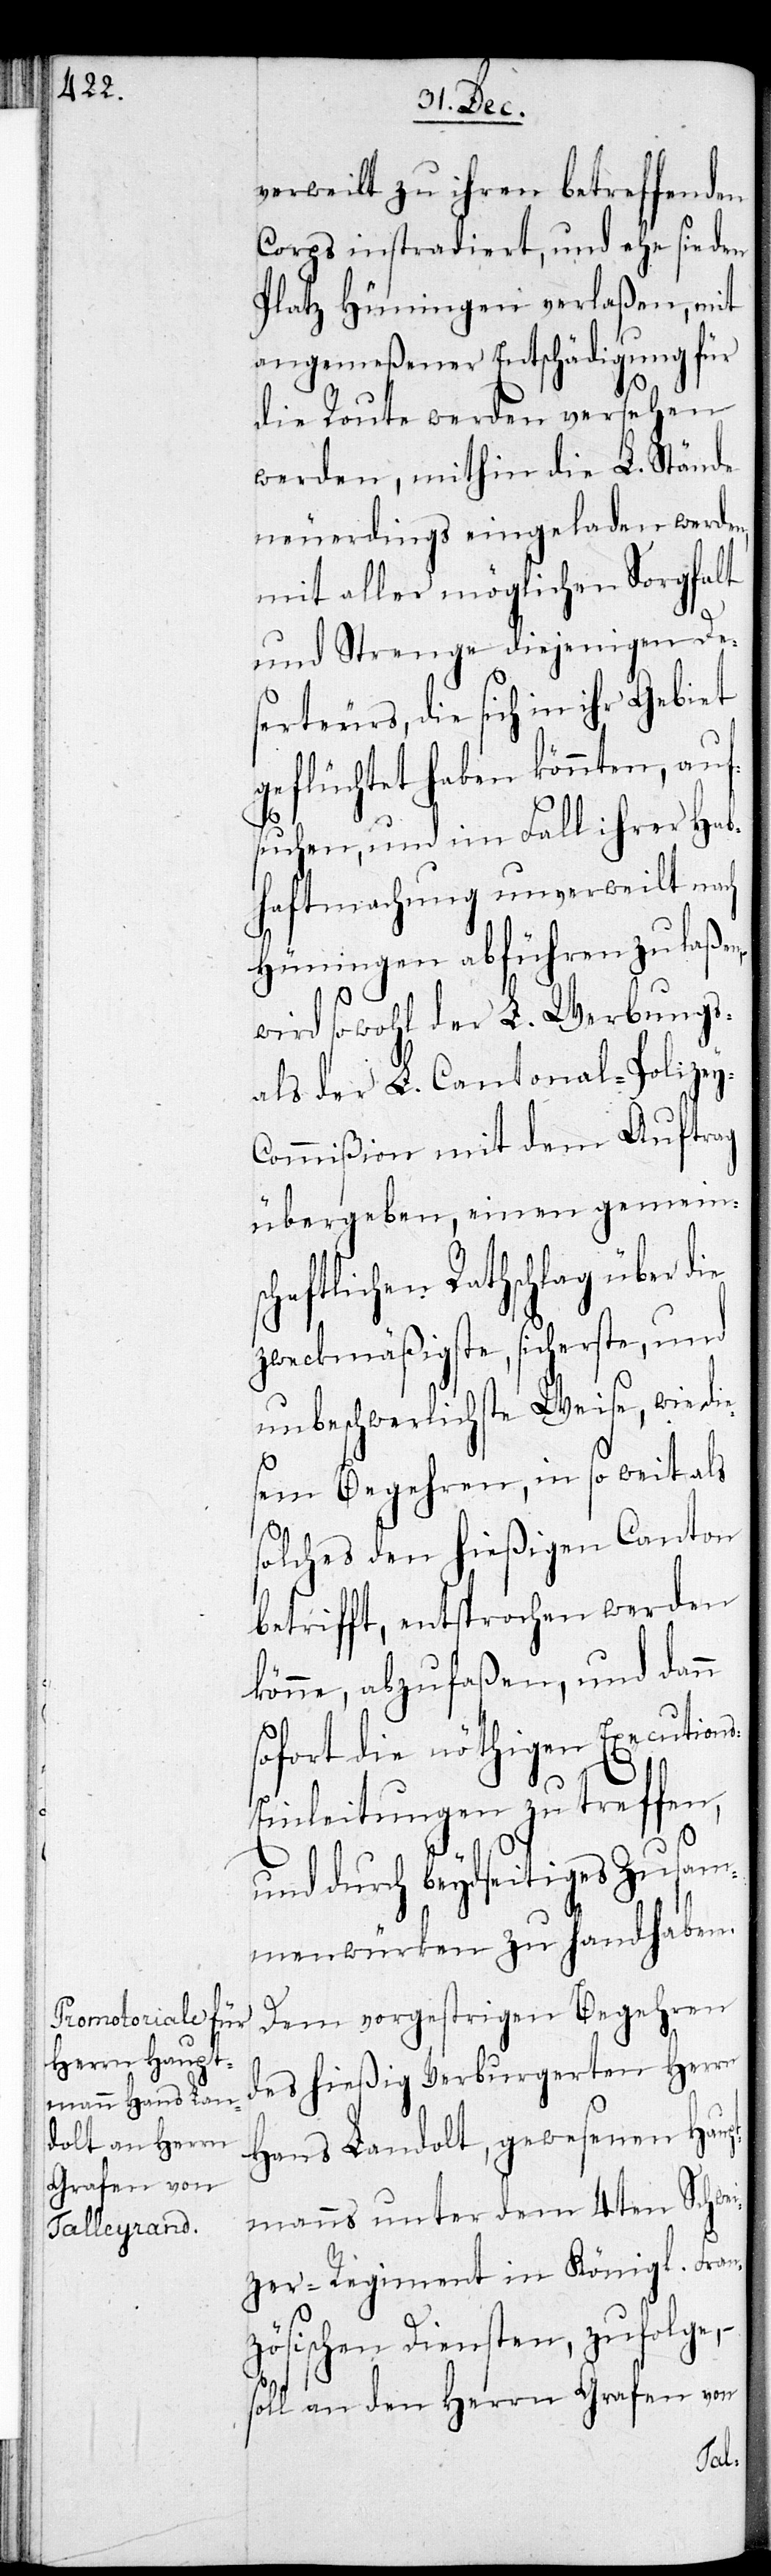
verweilt zu ihren betreffenden
Korps instradiert, und ehe sie den
Platz Hüningen verlaßen, mit
angemeßener Entschädigung für
die Route werden versehen
werden, mithin die L. Stände
neuerdings eingeladen werden,
mit aller möglichen Sorgfalt
und Strenge diejenigen Des¬
erteurs, die sich in ihr Gebiet
geflüchtet haben könnten, auf¬
suchen, und im Fall ihrer Hab¬
haftmachung unverweilt nach
Hüningen abführen zu laßen,
wird sowohl der L. Werbungs-
als der L. Cantonal-Polizey-C¬
ommißion mit dem Auftrag
übergeben, einen gemeins¬
chaftlichen Rathschlag über
zweckmäßigste, sicherste, und
unbeschwerlichste Weise, wie die¬
sem Begehren, in so weit als
solches den hießigen Canton
betrifft, entsprochen werden
könne, abzufaßen, und dann
sofort die nöthigen Execution¬
inleitungen zu treffen,
und durch beydseitiges Zusam¬
menwürken zu handhaben.
Dem vorgestrigen Begehren
des hießigen Verburgerten Herrn
Hans Landolt, gewesenen Haup¬
tmanns unter dem 14ten Schwei¬
zer-Regiment in Königl. Fran¬
zösischen Diensten, zufolge,
soll an den Herrn Grafen von
s-E¬